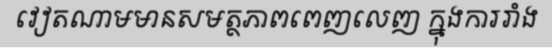
វៀតណាមមានសមត្ថភាពពេញលេញ ក្នុងការរាំង